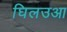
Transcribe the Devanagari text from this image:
घिलउआ